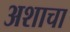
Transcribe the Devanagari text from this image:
अशाचा